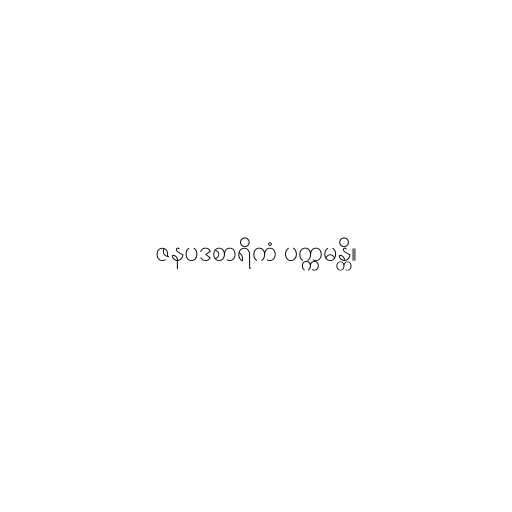
ဇနပဒစာရိကံ ပက္ကမန္တိ။